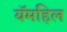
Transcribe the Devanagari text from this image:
यॅमहिल